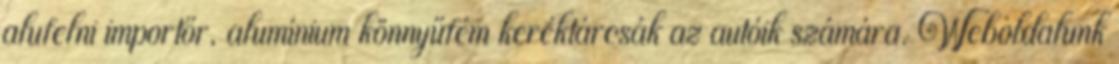
alufelni importőr, alumínium könnyűfém keréktárcsák az autóik számára. Weboldalunk